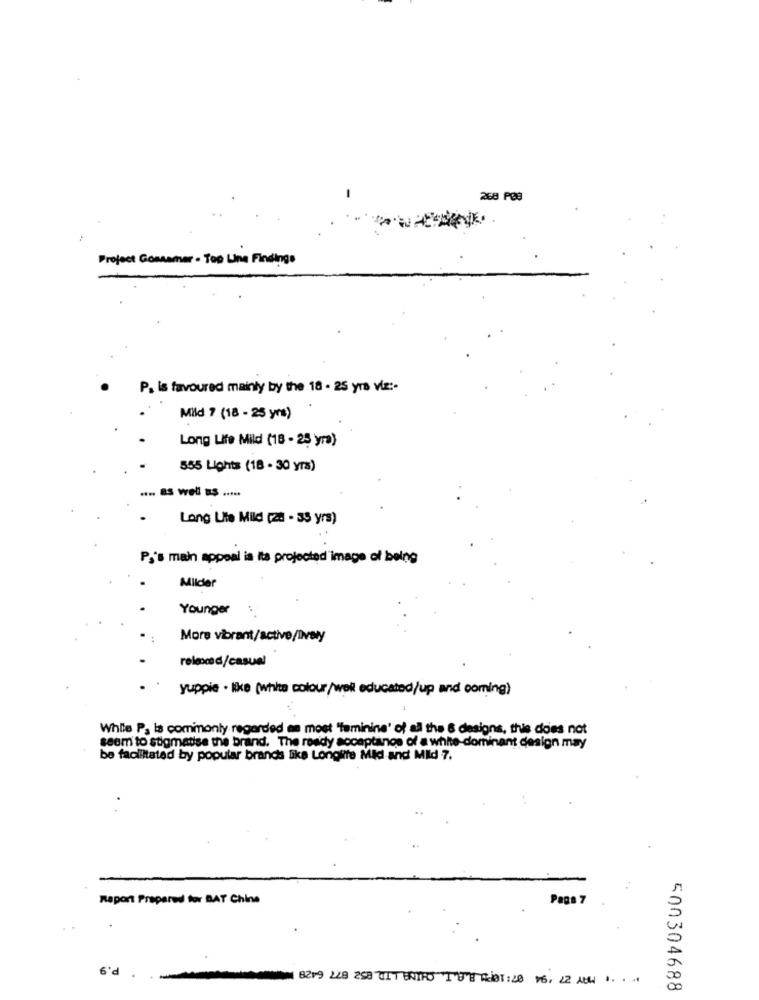
268 PØS
Project Gossamer - Top Line Findings
P. is favoured mainly by the 18 - 25 yrs viz :-
Mild ? (18 - 25 yrs)
Long Life Mild (18 - 25 yra)
555 Lights (18 . 30 yrs)
.. as well as .....
Long Life Mild [20 - 35 yrs)
Pj's main appeal is ita projected"image of being
Milder
Younger
More vibrant/active/lively
relexcd/casual
yuppie . like (white colour/well educated/up and coming)
While P, la commonly regarded as most "feminine' of all the & designs, this does not
seem to stigmatise the brand. The ready acceptance of a white-dominant design may
be facilitated by popular brands like Longite Mid and MIld 7.
Raport Prepared for BAT Chine
6'd .
08219 228 258 711 BOTH0 1.8MB Ria1: 40 16, 22 AU 1. . ..
500304688